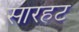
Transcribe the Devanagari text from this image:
सारहट